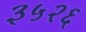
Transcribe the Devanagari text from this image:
३५२६